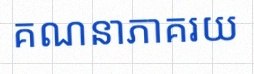
គណនាភាគរយ